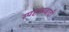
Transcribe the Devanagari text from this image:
स्पष्टतावादी